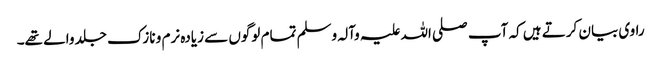
راوی بیان کرتے ہیں کہ آپ صلی اللہ علیہ وآلہ وسلم تمام لوگوں سے زیادہ نرم و نازک جلد والے تھے۔